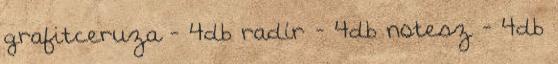
grafitceruza - 4db radír - 4db notesz - 4db